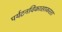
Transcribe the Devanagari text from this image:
पर्यटनविकासाकरता